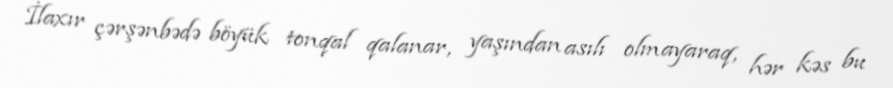
İlaxır çərşənbədə böyük tonqal qalanar, yaşından asılı olmayaraq, hər kəs bu